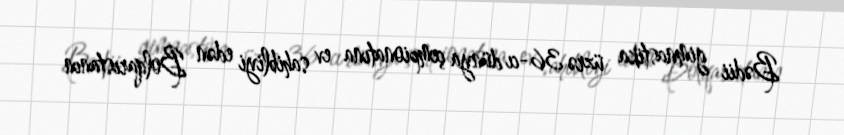
Bədii gimnastika üzrə 36-cı dünya çempionatına ev sahibliyi edən Bolqarıstanın